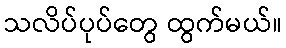
သလိပ်ပုပ်တွေ ထွက်မယ်။